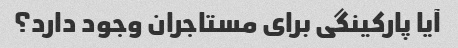
آیا پارکینگی برای مستاجران وجود دارد؟